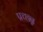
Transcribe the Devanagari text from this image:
प्रच्छ्न्न